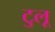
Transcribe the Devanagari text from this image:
टुलू